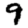
Digit: 9